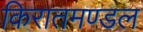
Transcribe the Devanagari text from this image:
किरातमण्डल